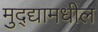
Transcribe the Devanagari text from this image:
मुद्द्यामधील